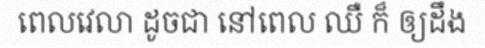
ពេលវេលា ដូចជា នៅពេល ឈឺ ក៏ ឲ្យដឹង